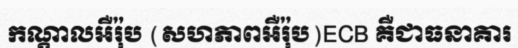
កណ្តាលអឺរ៉ុប (សហភាពអឺរ៉ុប)ECB គឺជាធនាគារ